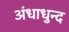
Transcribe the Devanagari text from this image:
अंधाधुन्द